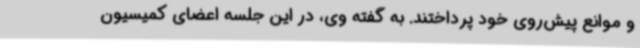
و موانع پیش‌روی خود پرداختند. به گفته وی، در این جلسه اعضای کمیسیون